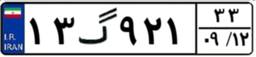
۲۰گ۵۰۳۳۷